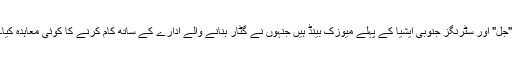
"جل" اور سٹرنگز جنوبی ایشیا کے پہلے میوزک بینڈ ہیں جنہوں نے گٹار بنانے والے ادارے کے ساتھ کام کرنے کا کوئی معاہدہ کیا۔